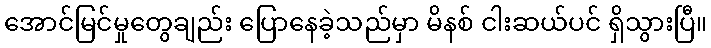
အောင်မြင်မှုတွေချည်း ပြောနေခဲ့သည်မှာ မိနစ် ငါးဆယ်ပင် ရှိသွားပြီ။